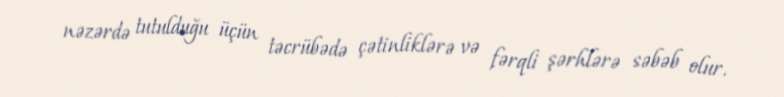
nəzərdə tutulduğu üçün təcrübədə çətinliklərə və fərqli şərhlərə səbəb olur.